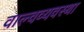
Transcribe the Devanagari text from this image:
वाल्वव्यवस्था